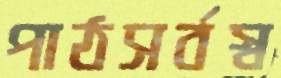
পাঠসর্বস্ব